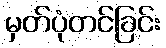
မှတ်ပုံတင်ခြင်း